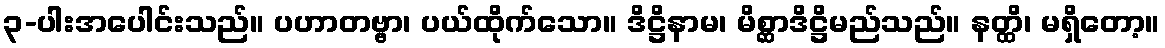
၃-ပါးအပေါင်းသည်။ ပဟာတဗ္ဗာ၊ ပယ်ထိုက်သော။ ဒိဋ္ဌိနာမ၊ မိစ္ဆာဒိဋ္ဌိမည်သည်။ နတ္ထိ၊ မရှိတော့။